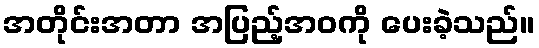
အတိုင်းအတာ အပြည့်အဝကို ပေးခဲ့သည်။